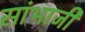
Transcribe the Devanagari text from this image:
सांभाजी